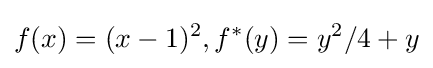
f(x)=(x-1)^{2},f^{*}(y)=y^{2}/4+y